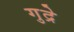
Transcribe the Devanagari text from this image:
गुद्रे